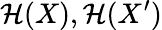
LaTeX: {\mathcal{H}}(X),{\mathcal{H}}(X^{\prime})